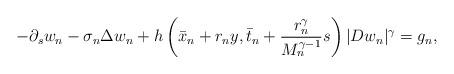
LaTeX: \begin{align*}-\partial_s w_n - \sigma_n \Delta w_n + h\left(\bar x_n + r_n y, \bar t_n + \frac{r_n^\gamma}{M_n^{\gamma-1}} s\right) |Dw_n|^\gamma = g_n ,\end{align*}